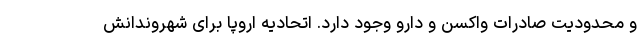
و محدودیت صادرات واکسن و دارو وجود دارد. اتحادیه اروپا برای شهروندانش